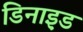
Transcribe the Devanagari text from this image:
डिनाइ़ड